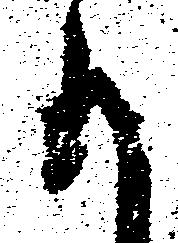
か